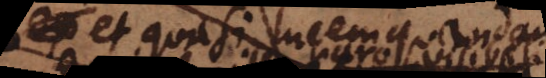
et quasi lucem quandam